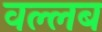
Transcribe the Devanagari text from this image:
वल्लब